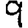
Digit: 9